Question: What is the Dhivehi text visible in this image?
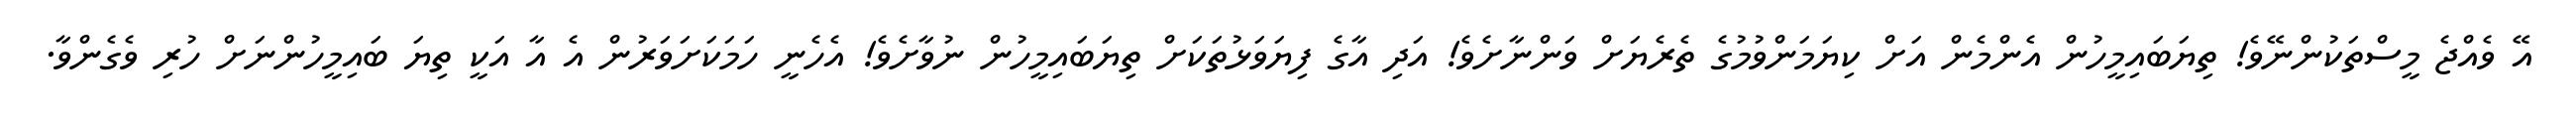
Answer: އޭ ވެއްޖެ މީސްތަކުންނޭވެ! ތިޔަބައިމީހުން އެންމެން އަށް ކިޔަމަންވުމުގެ ތެރެޔަށް ވަންނާށެވެ! އަދި އާގެ ފިޔަވަޅުތަކަށް ތިޔަބައިމީހުން ނުވާށެވެ! އެހެނީ ހަމަކަށަވަރުން އެ އާ އަކީ ތިޔަ ބައިމީހުންނަށް ހުރި ވެގެންވާ.